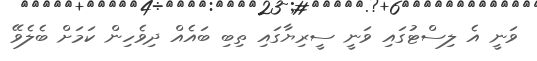
ވަނީ އެ ލިސްޓުގައި ވަނީ ސީރިޔާގައި ތިބި ބައެއް ދިވެހިން ކަމަށް ބެލެވޭ